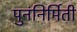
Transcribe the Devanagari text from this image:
पुनंनिर्मिती